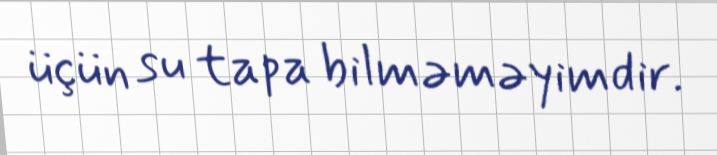
üçün su tapa bilməməyimdir.